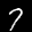
Label: 7